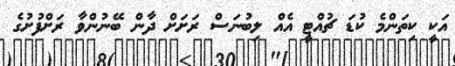
އަކީ ކިތަންމެ ކުޑަ ޗުއްޓީ އެއް ލިބުނަސް ރަށަށް ދާން ބޭނުންވާ ރަށްފުށުގެ